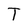
Character: T